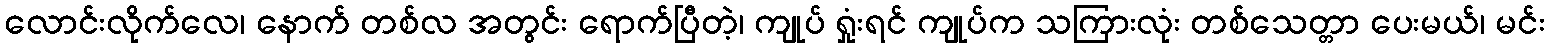
လောင်းလိုက်လေ၊ နောက် တစ်လ အတွင်း ရောက်ပြီတဲ့၊ ကျုပ် ရှုံးရင် ကျုပ်က သကြားလုံး တစ်သေတ္တာ ပေးမယ်၊ မင်း